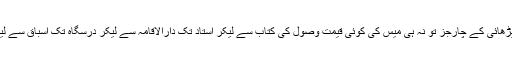
مدرسہ نے آٹھ سال آپ پر محنتت کی آپکو مکمل زندگی فراہم کی آپ سے ہاسٹل کی فیس مانگی نہ پڑھائی کے چارجز تو نہ ہی میس کی کوئی قیمت وصول کی کتاب سے لیکر استاد تک دارالاقامہ سے لیکر درسگاہ تک اسباق سے لیکر تکرار ( گروپ سٹڈی ) تک سب آپکو ایک ہی چھت کے نیچے مہیا کیا جو وعدہ کیا وہ پورا کیا ۔